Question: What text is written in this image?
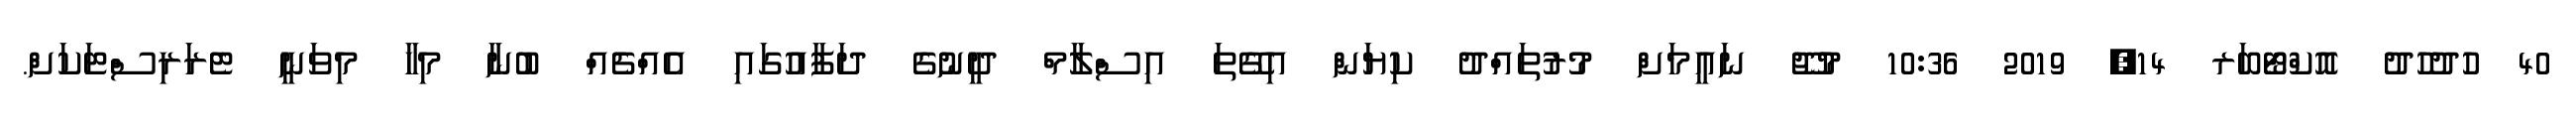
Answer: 40 ހުދުހުދު އޮކްޓޯބަރ 14, 2019 10:36 މުޖޫ ނައީމަށް މުރުތައްދު ކިޔަން އިގޭތަ އިސްލާމް ދީނުގެ ދަފާއުގައި އެއްޗެއް ބުނާ މިހާ މިވަނީ ޓެރަރިސްޓަކަށް.